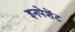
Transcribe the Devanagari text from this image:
इनपेशेंट